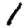
Digit: 1